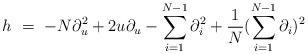
LaTeX: \begin{align*}h \ =\ -N \partial_u^2 + 2u\partial_u - \sum_{i=1}^{N-1} \partial_i^2 + \frac{1}{N}(\sum_{i=1}^{N-1} \partial_i)^2\end{align*}